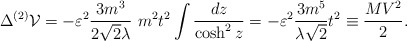
\begin{align*}\Delta^{(2)} {\cal V} = - \varepsilon ^2 \frac{3 m^3}{2 {\sqrt {2}} \lambda}~ m^2 t^2 \int \frac{dz}{\cosh^2 z} = - \varepsilon ^2\frac {3 m^5} {\lambda {\sqrt 2}} t^2 \equiv \frac {M V^2}{2}.\end{align*}